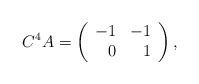
\begin{align*}C^4A=\left( \begin{array}{rr} -1 & -1 \\ 0 & 1 \\ \end{array}\right),\end{align*}